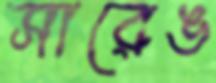
সারেঙ